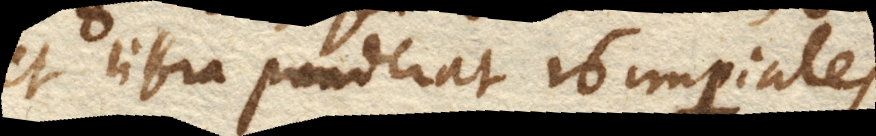
et libra ponderat 16 imperiales.